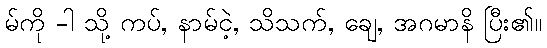
မ်ကို -ါ သို့ ကပ်, နာမ်ငဲ့, သိသက်, ချေ, အဂမာနိ ပြီး၏။